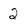
Character: 2